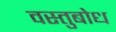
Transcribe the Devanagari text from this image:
वस्तुबोध